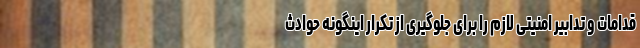
قدامات و تدابیر امنیتی لازم را برای جلوگیری از تکرار اینگونه حوادث